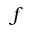
f